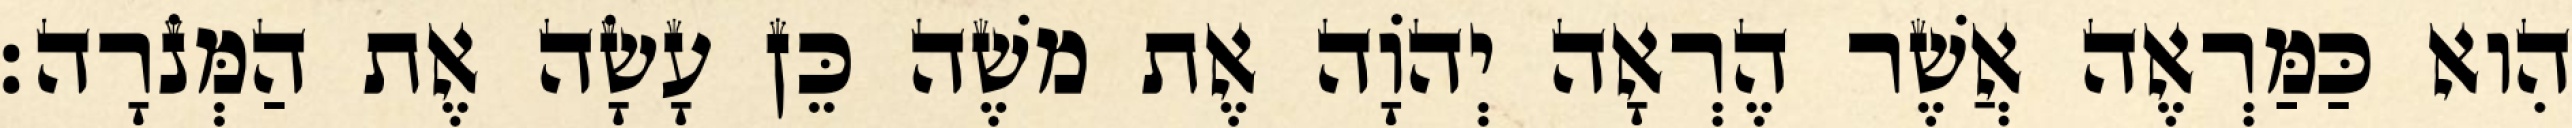
הִוא כַּמַּרְאֶה אֲשֶׁר הֶרְאָה יְהוָֹה אֶת משֶׁה כֵּן עָשָׂה אֶת הַמְּנֹרָה׃